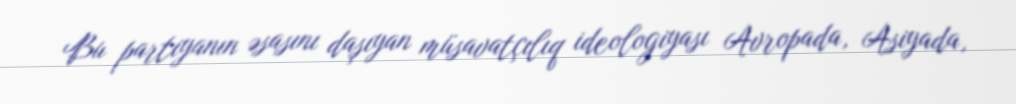
Bu partiyanın əsasını daşıyan müsavatçılıq ideologiyası Avropada, Asiyada,